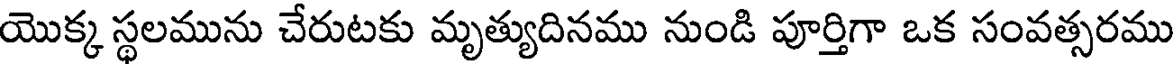
యొక్క స్థలమును చేరుటకు మృత్యుదినము నుండి పూర్తిగా ఒక సంవత్సరము